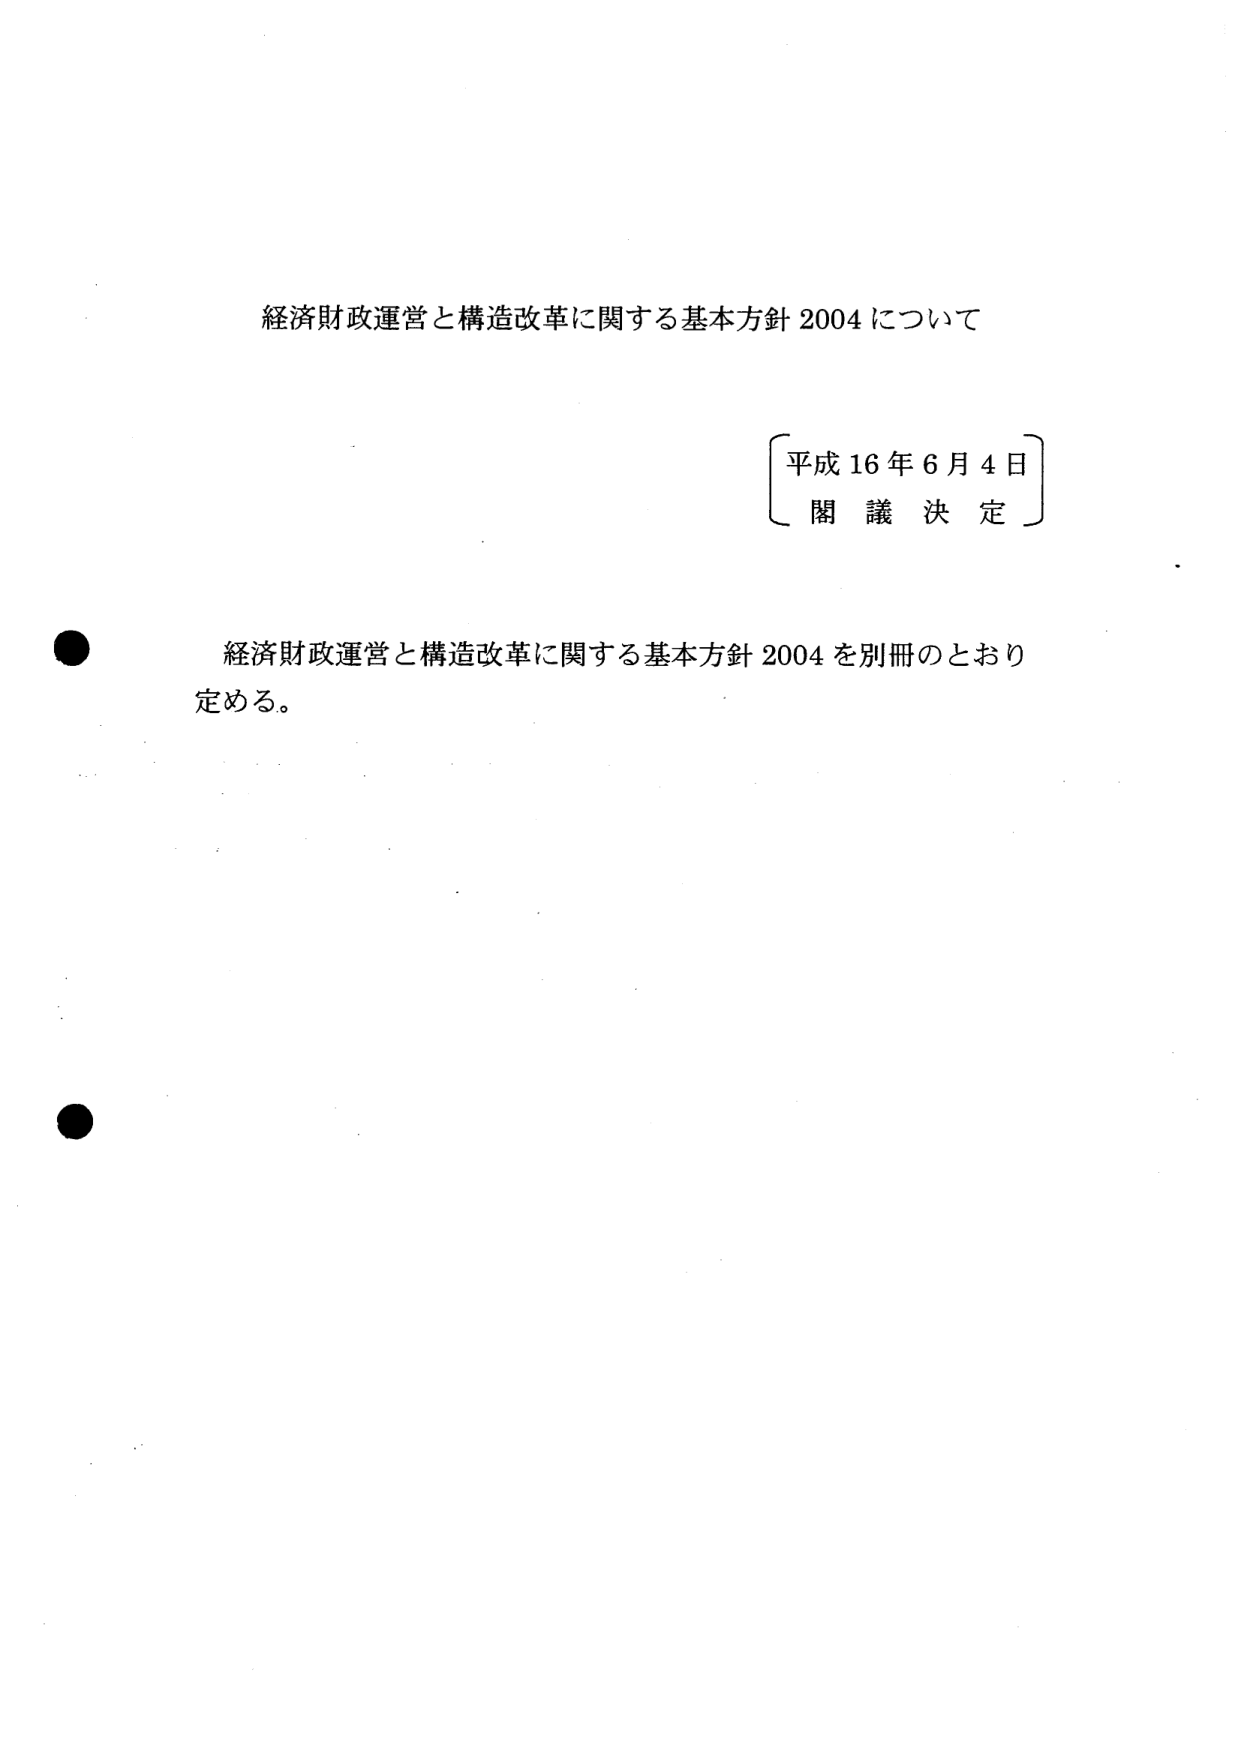
経済財政運営と構造改革に関する基本方針 2004 について

平成 16 年 6 月 4 日
閣 議 決 定

経済財政運営と構造改革に関する基本方針 2004 を別冊のとおり
定める。